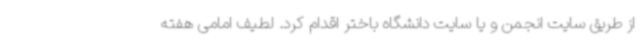
از طریق سایت انجمن و یا سایت دانشگاه باختر اقدام کرد. لطیف امامی هفته